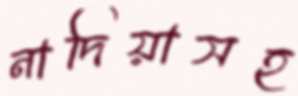
নাদিয়াসহ